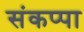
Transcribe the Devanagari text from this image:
संकप्पा